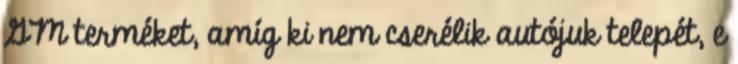
GM terméket, amíg ki nem cserélik autójuk telepét, e